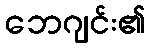
ဘေဂျင်း၏